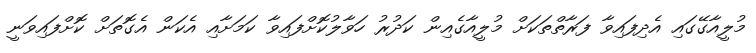
މުލީއާގޭގައި އެދިފައިވާ ފަރާތްތަކަށް މުލީއާގެއިން ކަދުރު ހަވާލުކޮށްފައިވާ ކަމަށާއި އެކަން އެގޮތަށް ކޮށްފައިވަނީ